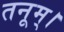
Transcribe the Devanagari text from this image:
तनूम्।